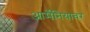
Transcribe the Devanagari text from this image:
आर्मेनियावर